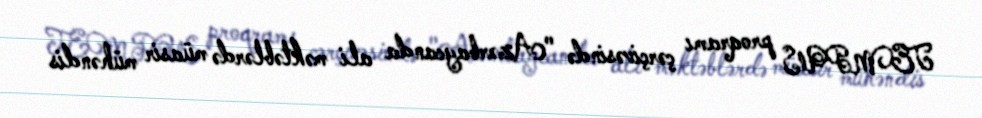
TEMPUS proqramı çərçivəsində "Azərbaycanda ali məktəblərdə müasir mühəndis